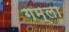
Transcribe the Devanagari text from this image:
गम्ला